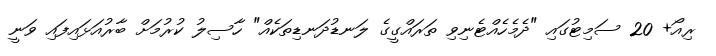
ރިއޯ+ 20 ސަމިޓުގައި "ދެމެހެއްޓެނިވި ތަރައްގީގެ ލަނޑުދަނޑިތަކެއް" ހާސިލު ކުރުމަށް ބާރުއަޅައިފައި ވަނީ